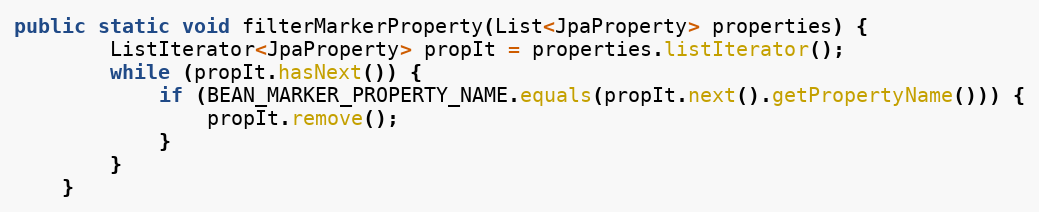
Language: Java
public static void filterMarkerProperty(List<JpaProperty> properties) {
        ListIterator<JpaProperty> propIt = properties.listIterator();
        while (propIt.hasNext()) {
            if (BEAN_MARKER_PROPERTY_NAME.equals(propIt.next().getPropertyName())) {
                propIt.remove();
            }
        }
    }